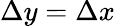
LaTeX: \Delta y=\Delta x